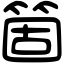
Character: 箇